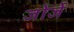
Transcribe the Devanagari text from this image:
जोर्जे